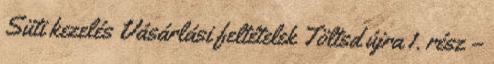
Süti kezelés Vásárlási feltételek Töltsd újra 1. rész –